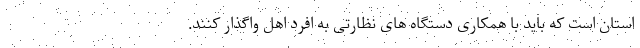
استان است که باید با همکاری دستگاه های نظارتی به افرد اهل واگذار کنند.